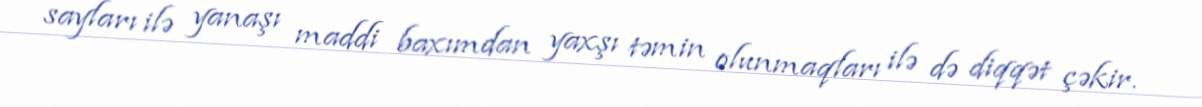
sayları ilə yanaşı maddi baxımdan yaxşı təmin olunmaqları ilə də diqqət çəkir.